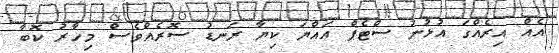
އެއް އިރެއްގަ އުޅުނު ސްޓެޕް އައްޔަ ކިޔާ ރަނޑު ސޮރެއްވެސް މިހާރު ކޮބާ